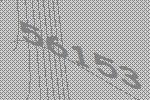
56153